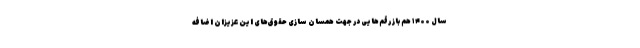
سال ۱۴۰۰ هم باز رقم‌هایی در جهت همسان سازی حقوق‌های این عزیزان اضافه